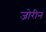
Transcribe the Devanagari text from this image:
जोरीन